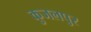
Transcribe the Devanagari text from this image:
कुजलपुर